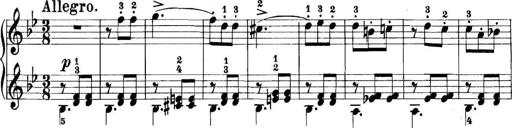
Title: 11 Sonatinas
Composer: Anton Diabelli